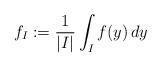
LaTeX: \begin{align*} f_I := \frac{1}{|I|}\int_I f(y) \,dy \end{align*}